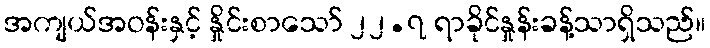
အကျယ်အဝန်းနှင့် နှိုင်းစာသော် ၂၂.၇ ရာခိုင်နှုန်းခန့်သာရှိသည်။